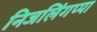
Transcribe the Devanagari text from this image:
निजलिंगप्पा